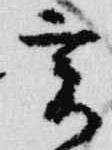
亥